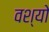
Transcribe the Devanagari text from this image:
वश्यो